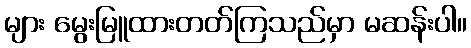
များ မွေးမြူထားတတ်ကြသည်မှာ မဆန်းပါ။